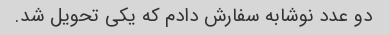
دو عدد نوشابه سفارش دادم که یکی تحویل شد.